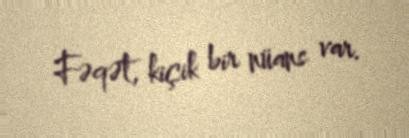
Fəqət, kiçik bir nüans var.